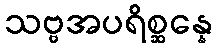
သဗ္ဗအပရိစ္ဆန္နေ